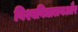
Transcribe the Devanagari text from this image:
विश्वविद्यालयऔर